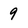
Character: 9